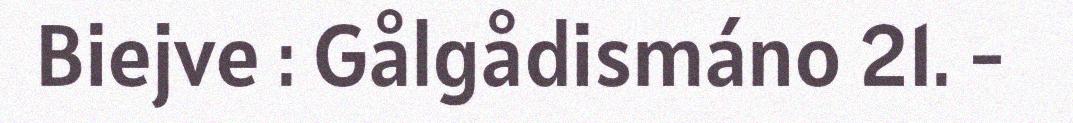
Biejve : Gålgådismáno 21. -